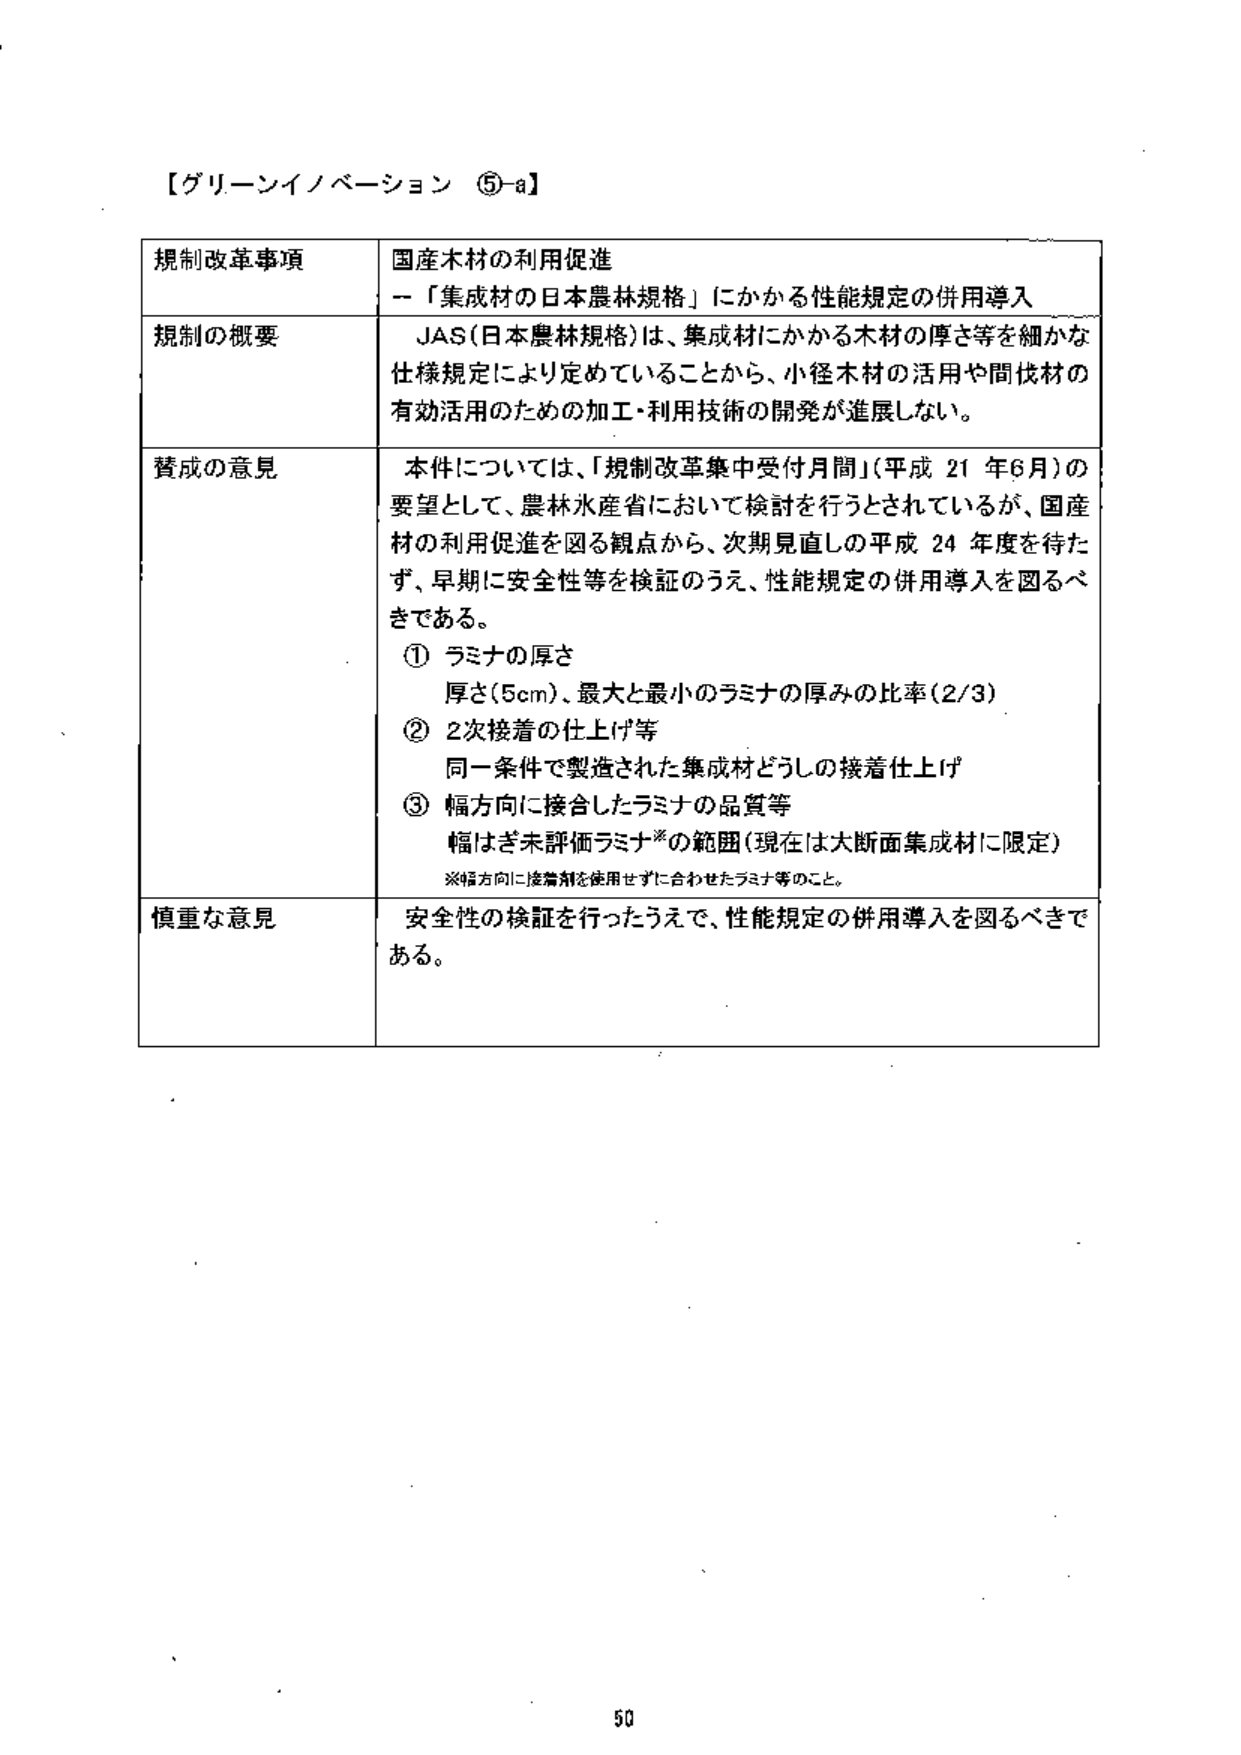
【グリーンイノベーション ⑤-a】

規制改革事項　国産木材の利用促進
－「集成材の日本農林規格」にかかる性能規定の併用導入

規制の概要　JAS（日本農林規格）は、集成材にかかる木材の厚さ等を細かな仕様規定により定めていることから、小径木材の活用や間伐材の有効活用のための加工・利用技術の開発が進展しない。

賛成の意見　本件については、「規制改革集中受付月間」（平成21年6月）の要望として、農林水産省において検討を行うとされているが、国産材の利用促進を図る観点から、次期見直しの平成24年度を待たず、早期に安全性等を検証のうえ、性能規定の併用導入を図るべきである。
① ラミナの厚さ
　厚さ（5cm）、最大と最小のラミナの厚みの比率（2/3）
② 2次接着の仕上げ等
　同一条件で製造された集成材どうしの接着仕上げ
③ 幅方向に接合したラミナの品質等
　幅はぎ未評価ラミナ※の範囲（現在は大断面集成材に限定）
※幅方向に接着剤を使用せずに合わせたラミナ等のこと。

慎重な意見　安全性の検証を行ったうえで、性能規定の併用導入を図るべきである。

50